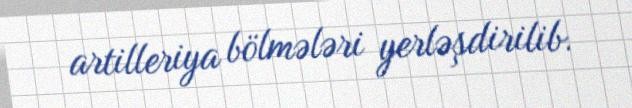
artilleriya bölmələri yerləşdirilib.